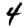
Digit: 4